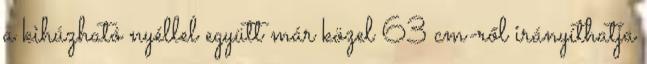
a kihúzható nyéllel együtt már közel 63 cm-ről irányíthatja